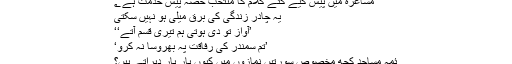
مشاعرہ میں پیش کیے گئے کلام کا منتخب حصہ پیش خدمت ہے ؂
یہ چادر زندگی کی برقؔ میلی ہو نہیں سکتی
’آواز تو دی ہوتی ہم تیری قسم آتے‘‘
’تم سمندر کی رفاقت پہ بھروسا نہ کرو‘
ئمہ مساجد کچھ مخصوص سورتیں نمازوں میں کیوں بار بار دہراتے ہیں؟